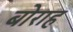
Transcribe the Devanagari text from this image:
बोराह